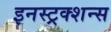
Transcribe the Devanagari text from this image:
इनस्ट्रक्शन्स